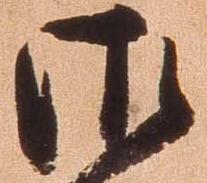
御